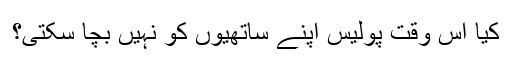
کیا اس وقت پولیس اپنے ساتھیوں کو نہیں بچا سکتی؟